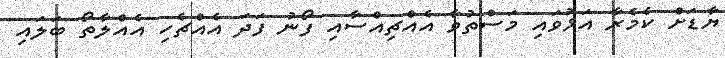
ޔާޑަށް ކެމެރާ އަޅުވައި މަސްތުވާ އެއްޗިއްސާއި ފޯނު ފަދަ އެއްޗެހި އެއްލާތޯ ބަލައި